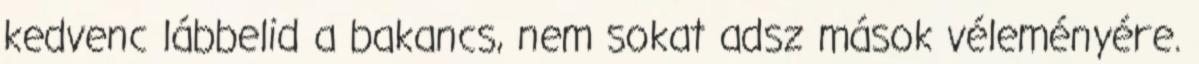
kedvenc lábbelid a bakancs, nem sokat adsz mások véleményére.